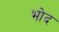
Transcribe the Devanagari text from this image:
भोद